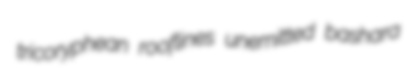
tricoryphean rooflines unemitted bashara